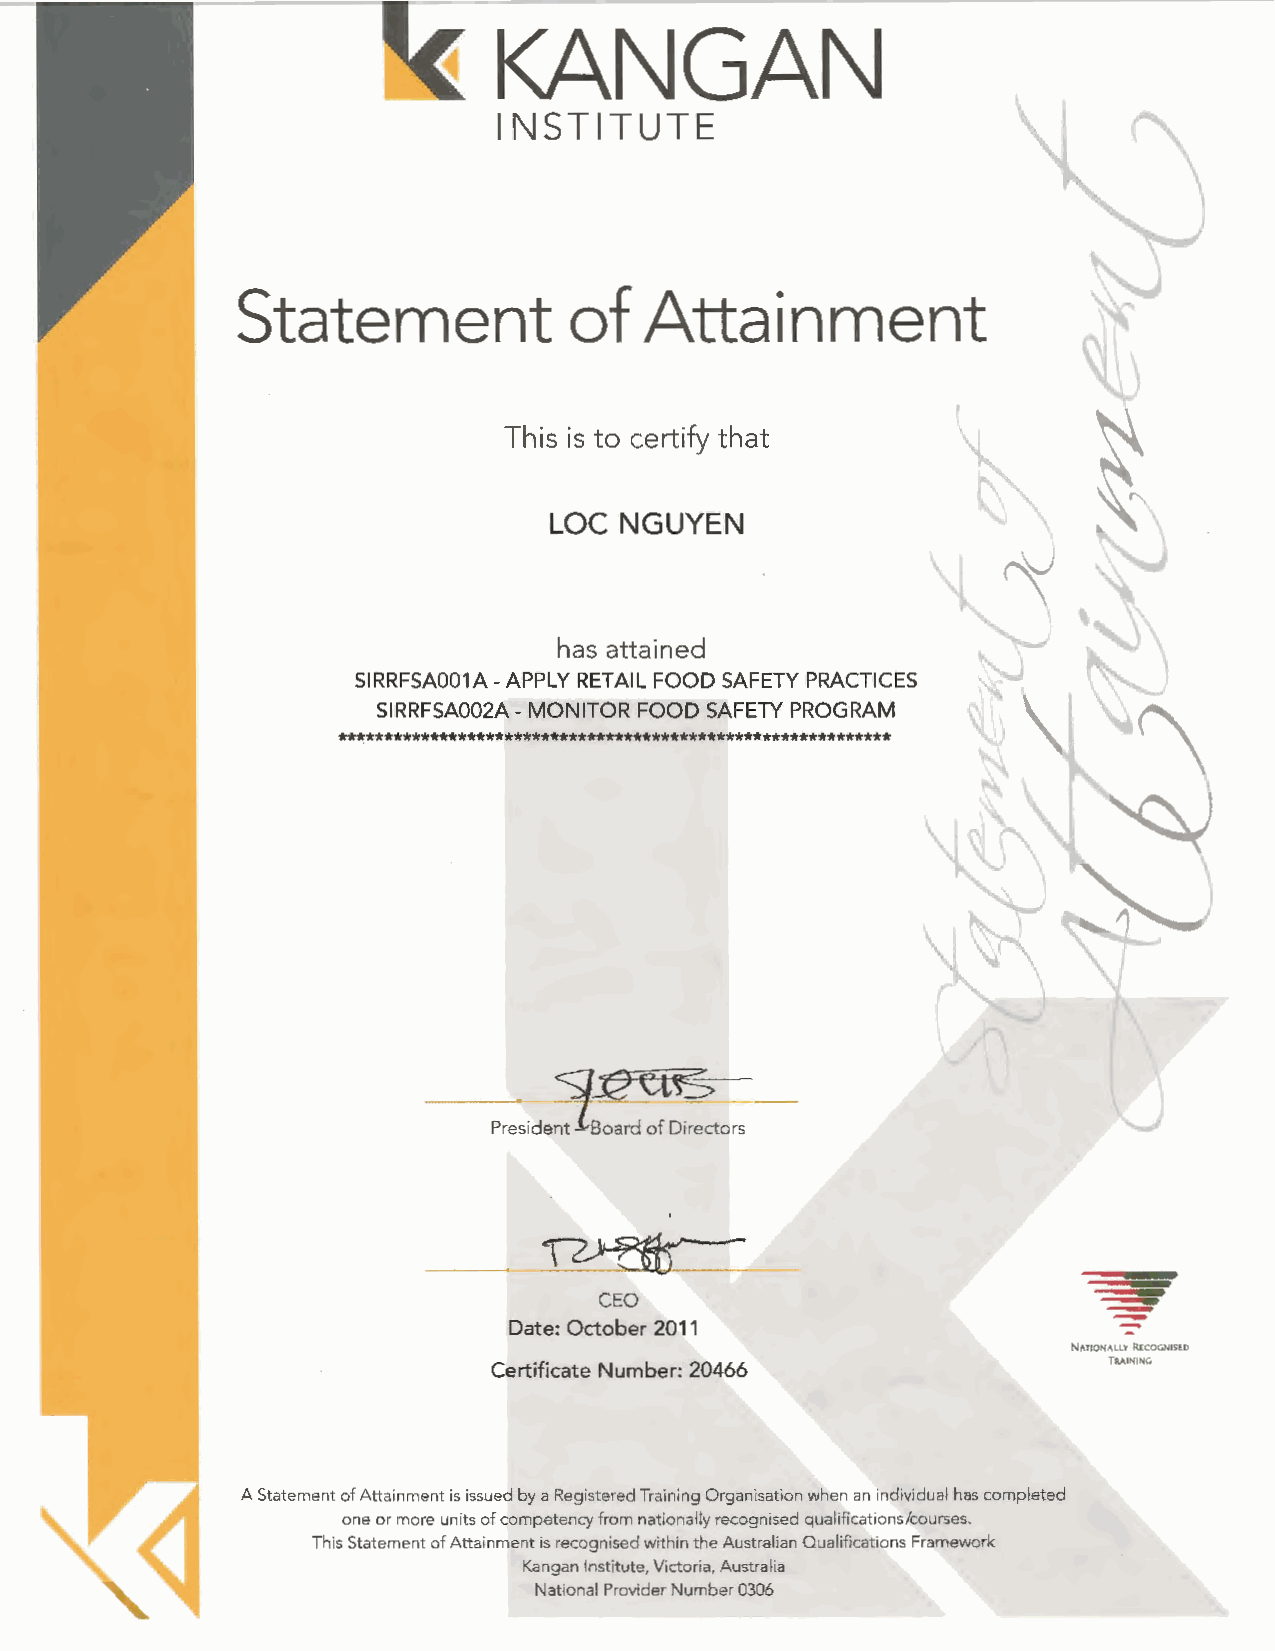
KANGAN
 INSTITU    T E
 Statement             of  Attainment
 This is to certify that
 LOC  NGUYEN
 has attained
 SIRRFSA001A-APPLY RETAIL FOOD SAFETY PRACTICES
 SIRRFSA002A- MONITOR FOOD SAFETY PROGRAM
 ************************************************************
 '1QCtE;
 0
 President 1 Board of Directors
 ~
 CEO
 Date: October 2011
 NATIONALLY RE:COGNlSED
 Certificate Number: 20466                TRAINING
 A Statement of Attainment is issued by a Registered Training Organisation when an individual has completed
 one or more units of competency from nationally recognised qualifications/courses.
 This Statement of Attainment is recognised within the Australian Qualifications Framework
 Kangan Institute, Victoria, Australia
 National Provider Number 0306